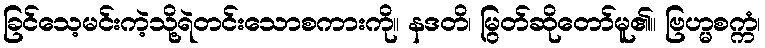
ခြင်သေ့မင်းကဲ့သို့ရဲတင်းသောစကားကို။ နဒတိ၊ မြွတ်ဆိုတော်မူ၏။ ဗြဟ္မစက္ကံ၊